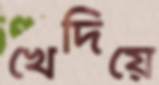
খেদিয়ে